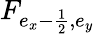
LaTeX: F_{e_{x}-\frac{1}{2},e_{y}}